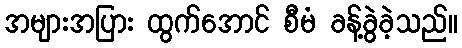
အများအပြား ထွက်အောင် စီမံ ခန့်ခွဲခဲ့သည်။